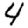
Digit: 4